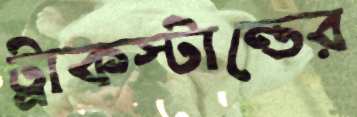
ট্রাকস্টান্ডের